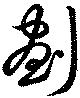
劃